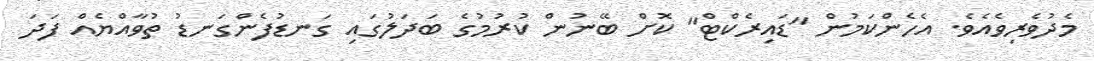
މެދުވެރިވެއެވެ. އެހެންކަމުން "ޑައިރެކްޓް" ކޮށް ބޭނުން ކުރުމުގެ ބަދަލުގައި ގަނޑުފެންގަނޑު ތުވާއްޔެއް ފަދަ